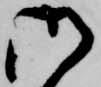
御